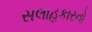
સલાહકારનો